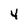
Character: 4